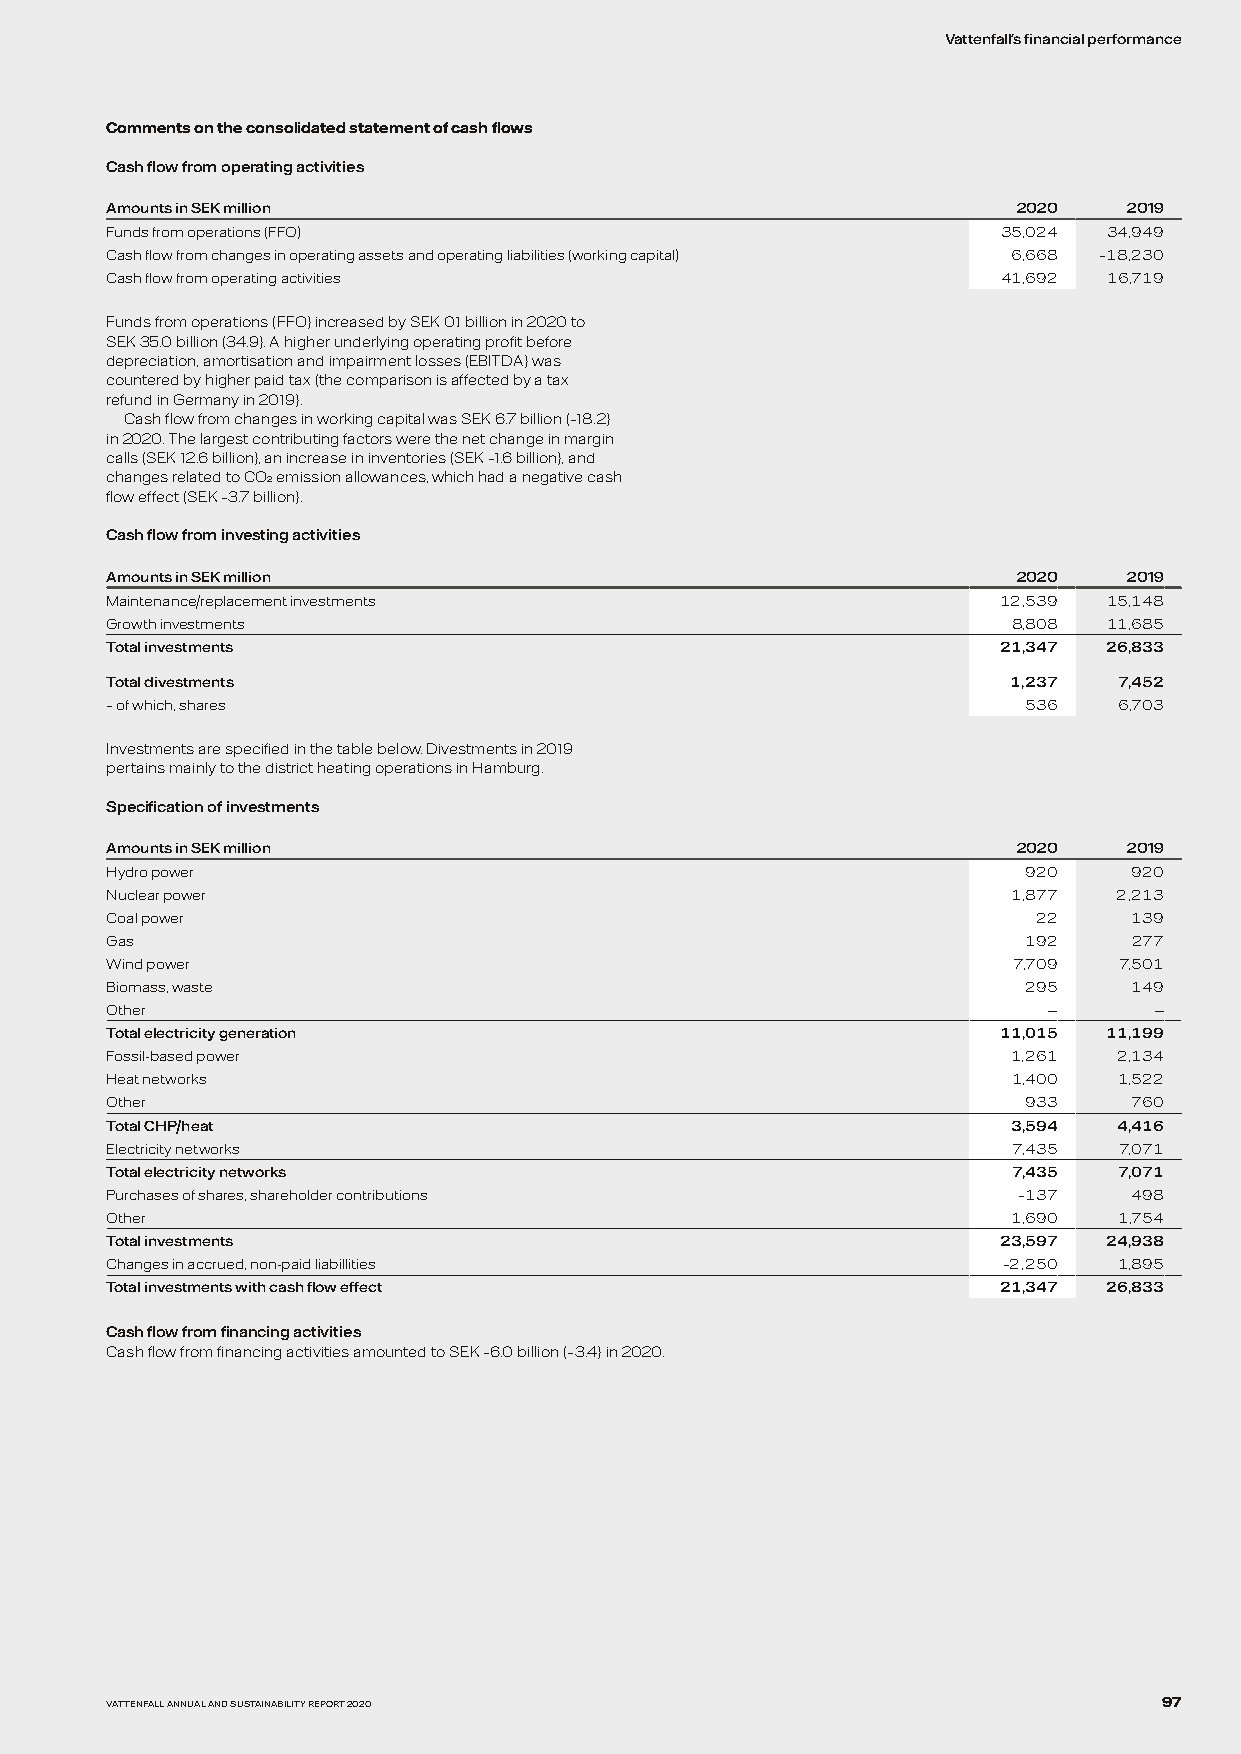
Vattenfall's financial performance
 Comments on the consolidated statement of cash flows
 Cash flow from operating activities
 Amounts in SEK million                                      2020    2019
 Funds from operations (FFO)                                35,024 34,949
 Cash flow from changes in operating assets and operating liabilities (working capital) 6,668 –18,230
 Cash flow from operating activities                        41,692 16,719
 Funds from operations (FFO) increased by SEK 0.1 billion in 2020 to
 SEK 35.0 billion (34.9). A higher underlying operating profit before
 depreciation, amortisation and impairment losses (EBITDA) was
 countered by higher paid tax (the comparison is affected by a tax
 refund in Germany in 2019).
 Cash flow from changes in working capital was SEK 6.7 billion (–18.2)
 in 2020. The largest contributing factors were the net change in margin
 calls (SEK 12.6 billion), an increase in inventories (SEK –1.6 billion), and
 changes related to CO2 emission allowances, which had a negative cash
 flow effect (SEK –3.7 billion).
 Cash flow from investing activities
 Amounts in SEK million                                      2020    2019
 Maintenance/replacement investments                        12,539 15,148
 Growth investments                                          8,808 11,685
 Total investments                                          21,347 26,833
 Total divestments                                           1,237  7,452
 – of which, shares                                           536   6,703
 Investments are specified in the table below. Divestments in 2019
 pertains mainly to the district heating operations in Hamburg.
 Specification of investments
 Amounts in SEK million                                      2020    2019
 Hydro power                                                  920    920
 Nuclear power                                               1,877  2,213
 Coal power                                                    22    139
 Gas                                                          192    277
 Wind power                                                  7,709  7,501
 Biomass, waste                                               295    149
 Other                                                         —      —
 Total electricity generation                               11,015 11,199
 Fossil-based power                                          1,261  2,134
 Heat networks                                               1,400  1,522
 Other                                                        933    760
 Total CHP/heat                                              3,594  4,416
 Electricity networks                                        7,435  7,071
 Total electricity networks                                  7,435  7,071
 Purchases of shares, shareholder contributions              –137    498
 Other                                                       1,690  1,754
 Total investments                                          23,597 24,938
 Changes in accrued, non-paid liabillities                  –2,250  1,895
 Total investments with cash flow effect                    21,347 26,833
 Cash flow from financing activities
 Cash flow from financing activities amounted to SEK –6.0 billion (–3.4) in 2020.
 VATTENFALL ANNUAL AND SUSTAINABILITY REPORT 2020                      97